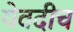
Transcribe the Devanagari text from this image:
येवदीच